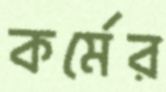
কর্মের